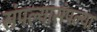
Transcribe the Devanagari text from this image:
संपल्यासंपल्या